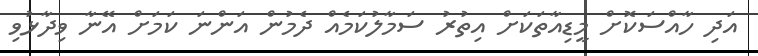
އަދި ހާއްސަކޮށް މީޑިއާތަކަށް އިތުރު ސަމާލުކަމެއް ދެމުން އަންނަ ކަމަށް އޭނާ ވިދާޅުވި